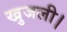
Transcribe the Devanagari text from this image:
खुजली।